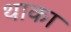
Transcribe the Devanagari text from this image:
थाका